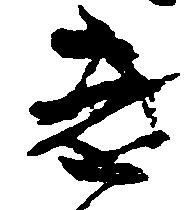
き